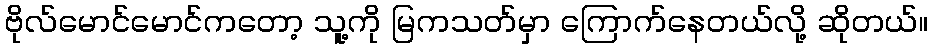
ဗိုလ်မောင်မောင်ကတော့ သူ့ကို မြကသတ်မှာ ကြောက်နေတယ်လို့ ဆိုတယ်။